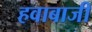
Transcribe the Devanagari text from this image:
हवाबाजी